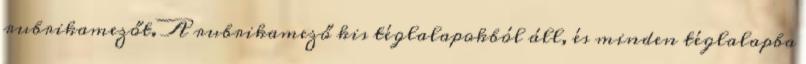
rubrikamezőt. A rubrikamező kis téglalapokból áll, és minden téglalapba